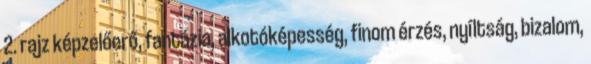
2. rajz képzelőerő, fantázia, alkotóképesség, finom érzés, nyíltság, bizalom,